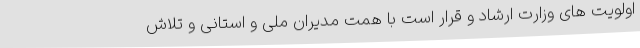
اولویت های وزارت ارشاد و قرار است با همت مدیران ملی و استانی و تلاش